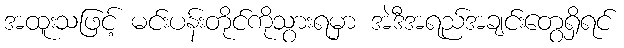
အထူးသဖြင့် မင်းပန်းတိုင်ကိုသွားရမှာ အဲဒီအရည်အချင်းတွေရှိရင်